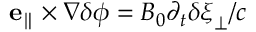
\mathbf { e } _ { \parallel } \times \nabla \delta \phi = B _ { 0 } \partial _ { t } \delta \boldsymbol { \xi } _ { \perp } / c